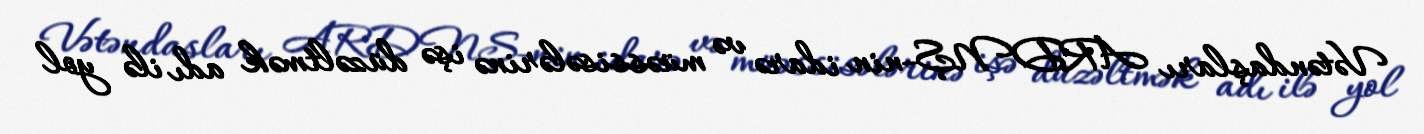
Vətəndaşları ARDNŞ-nin idarə və müəssisələrinə işə düzəltmək adı ilə yol